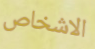
الاشخاص